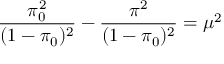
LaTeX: \frac { \pi _ { 0 } ^ { 2 } } { ( 1 - \pi _ { 0 } ) ^ { 2 } } - \frac { \pi ^ { 2 } } { ( 1 - \pi _ { 0 } ) ^ { 2 } } = \mu ^ { 2 }